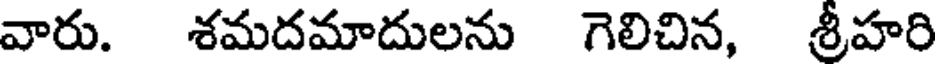
వారు. శమదమాదులను గెలిచిన, శ్రీహరి